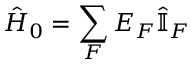
\hat { H } _ { 0 } = \sum _ { F } E _ { F } \hat { \mathbb { I } } _ { F }